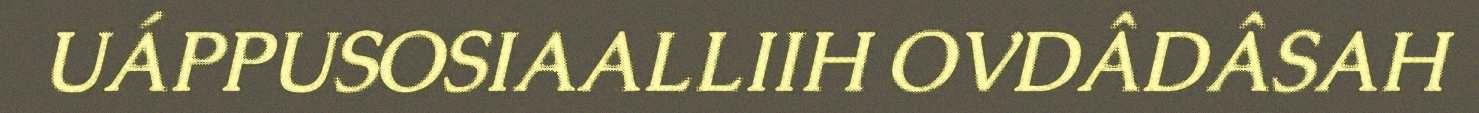
UÁPPUSOSIAALLIIH OVDÂDÂSAH